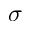
\sigma